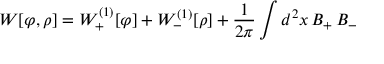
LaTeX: W [ \varphi , \rho ] = W _ { + } ^ { ( 1 ) } [ \varphi ] + W _ { - } ^ { ( 1 ) } [ \rho ] + { \frac { 1 } { 2 \pi } } \int d ^ { 2 } x \, B _ { + } \, B _ { - }